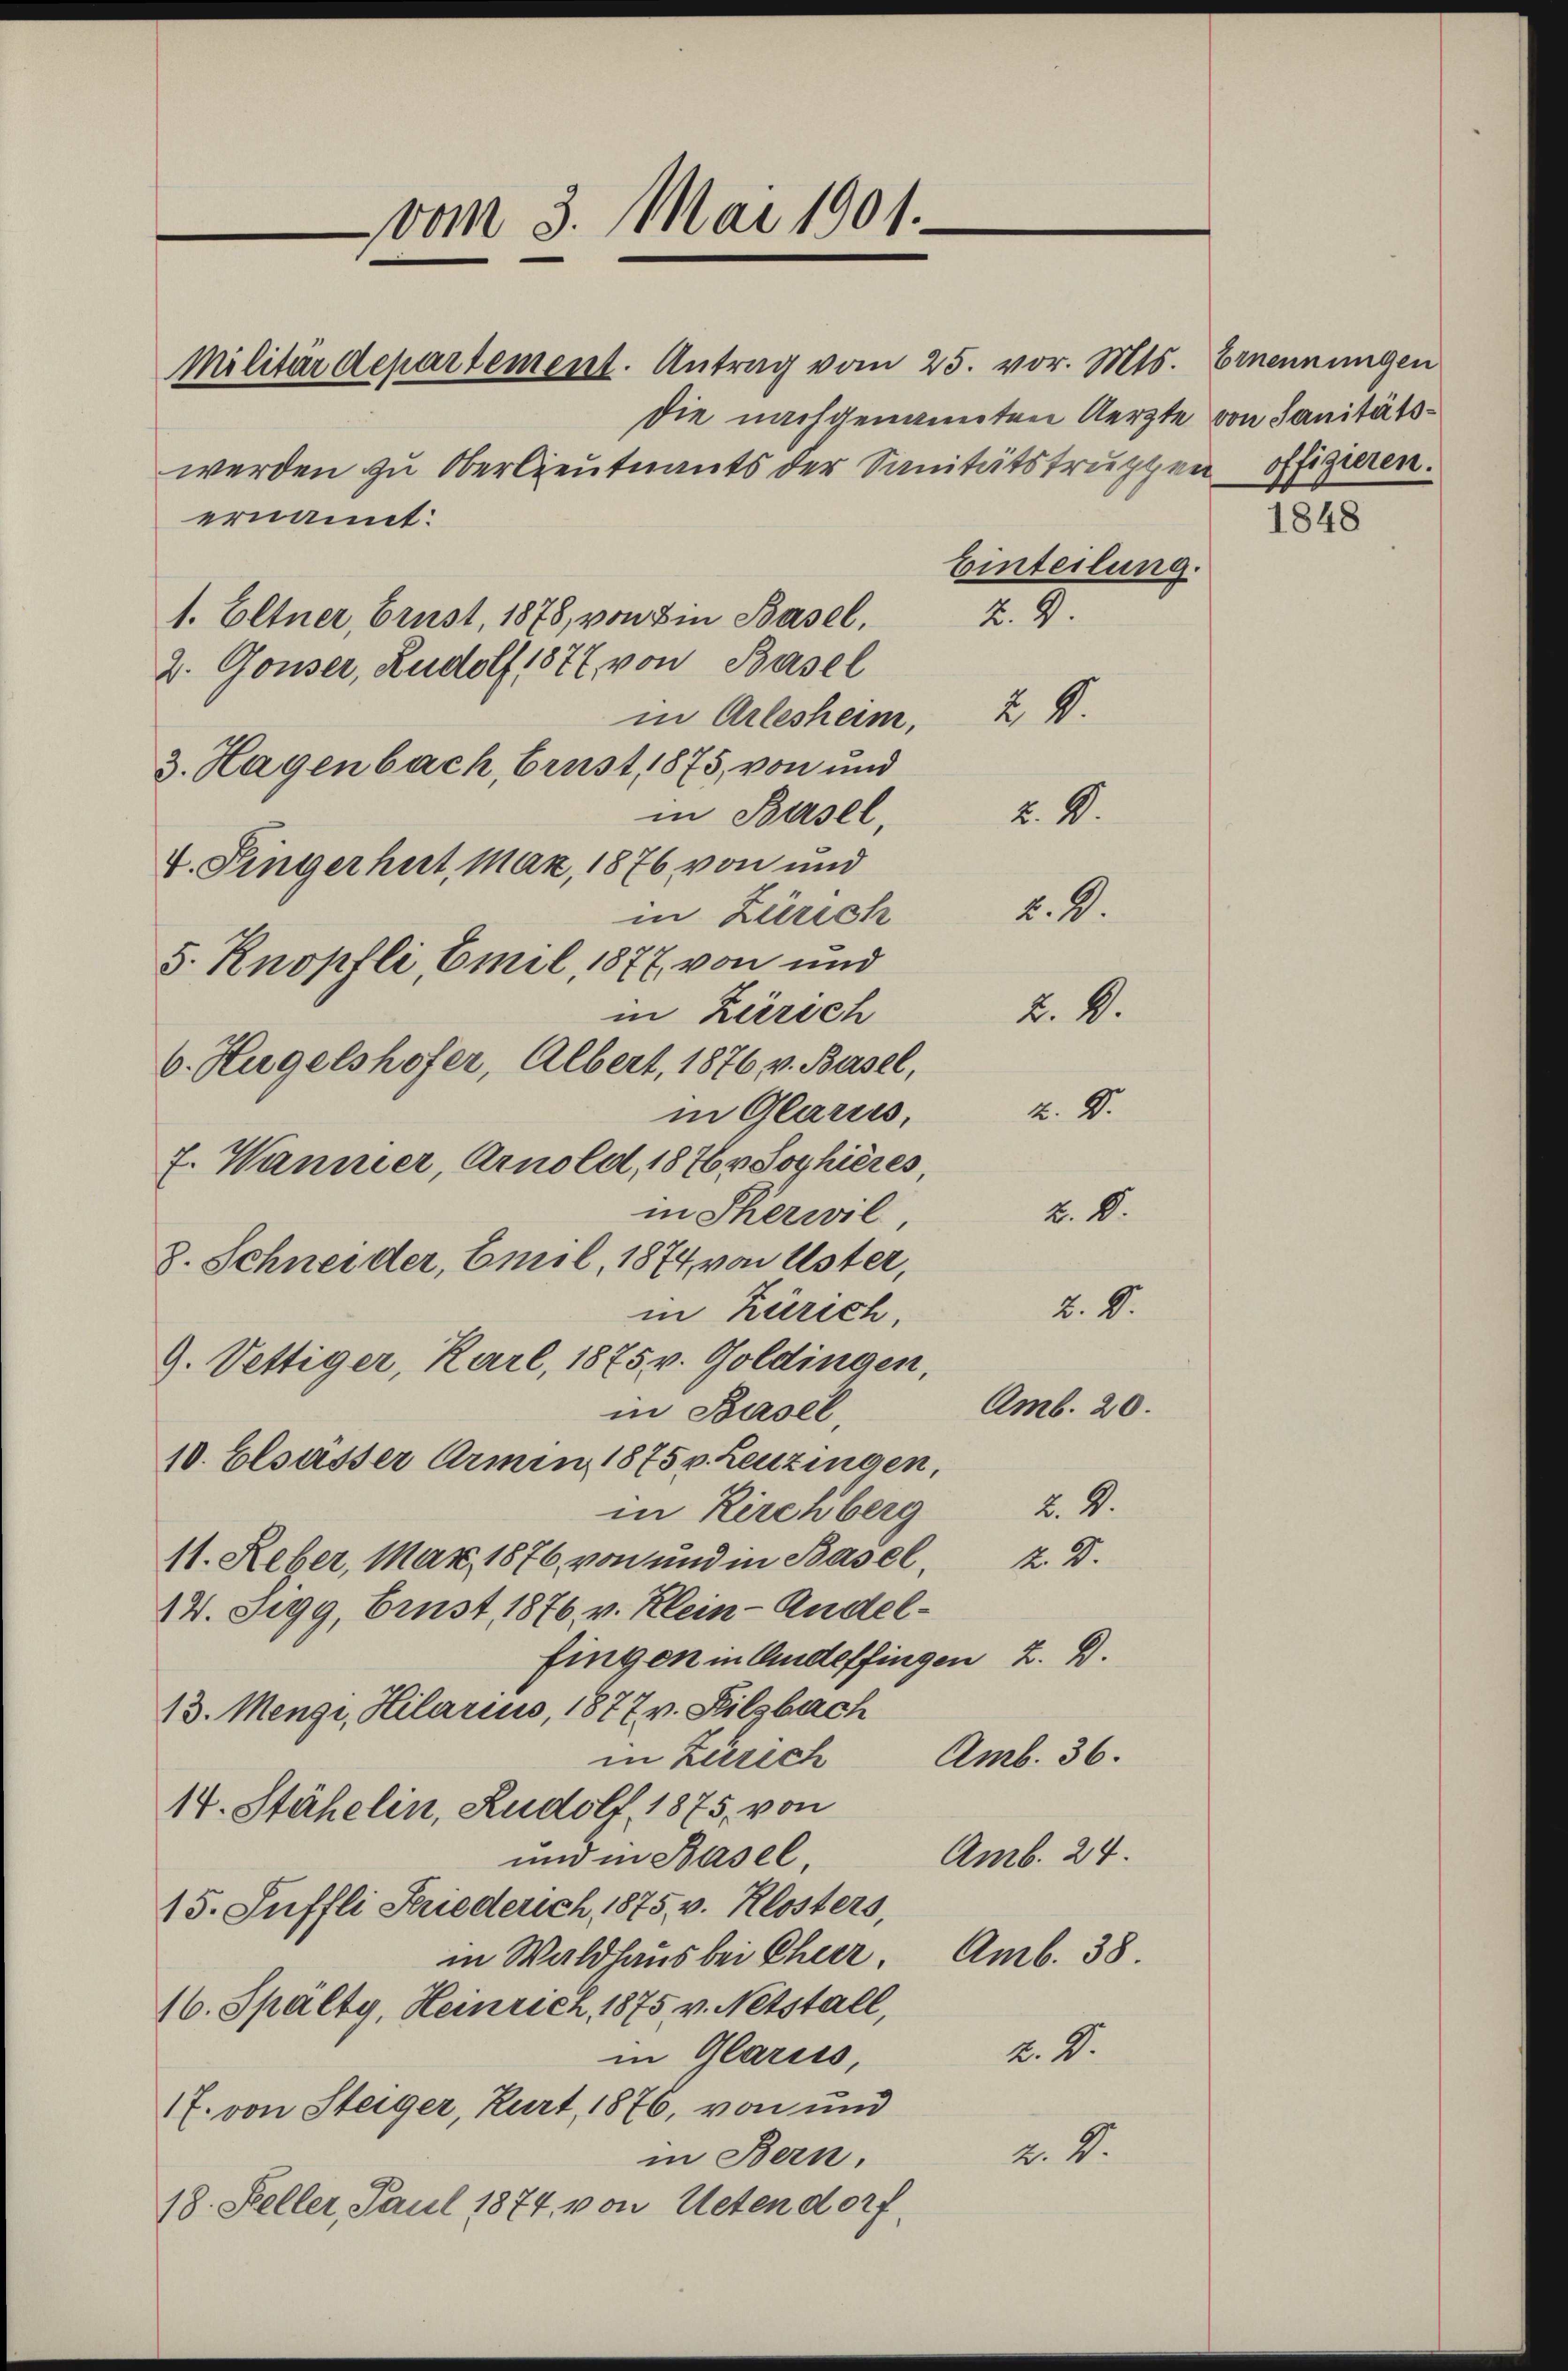
vom 3. Mai 1901.
Militärdepartement. Antrag vom 25. vor. Mts. Ernennungen

werden zu Oberlieutnants der Sanitätstruppen offizieren.
ernannt:
1. Eltner, Brust, 1878, von in Basel,
2. Gouser, Rudolf 1877, von Basel
in Arlesheim, z. B.
3. Hagenbach, Brust 1875, von und
in Basel,
V. Fingerhut, Maz, 1876 von und
in Zürich
5. Knopfli, Emil 1877 von und
in Zürich
6. Hügelshofer, Albert, 1876 v. Basel,
2.2.
in Alariis,
7. Wannier, Arnold, 1876, Sophieres,
2.8.
in Therwil,
8. Schneider, Emil 1874, von Uster,
Z. D.
in Zürich,
9. Vettiger, Karl, 1875 v. Goldingen,
Amb. 20.
in Basel
10. Elsasser Armin 1875 v. Leuzingen,
u. 2.
in Kirchberg
11. Reber, März 1876 von und in Basel, z. B.
14. Sigg, Brust 1876. v. Klein-Andelfingen in Andelfingen z. B.
13. Menzi, Hilarius, 1877 v. Filzbach
in Zürich Amb. 36.
14. Stähelin, Rudolf, 1875 von
Amb. 24.
und in Basel
15. Suffli Stiederich, 1875 v. Klosters,
in Waldhaus bei Chier. Amb. 38.
16. Spälty, Heinrich, 1875 v. Netstall,
v. M.
in Glarus,
1f. von Steiger, Kurt, 1876, von und
u. S.
in Bern.
18. Steller, Paul 1874, von Uetendorf

die nachgenannten Aerzte von Sanitäts¬
1848
Einteilung.
K. 9.

u. V.
u. 2.
u. k.